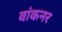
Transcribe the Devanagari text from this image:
वांकनर